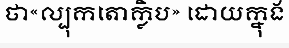
ថា«ល្បុកតោក្លិប» ដោយក្នុង